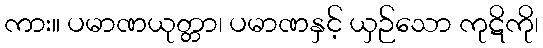
ကား။ ပမာဏယုတ္တာ၊ ပမာဏနှင့် ယှဉ်သော ကုဋိကို၊